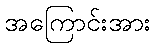
အကြောင်းအား